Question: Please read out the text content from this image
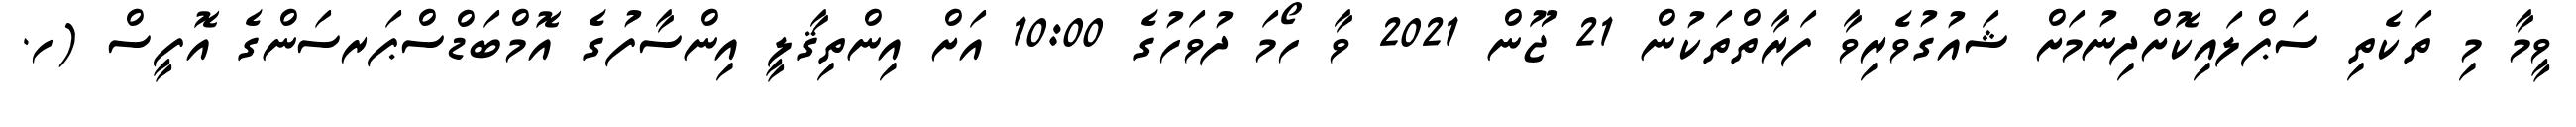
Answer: ވީމާ މި ތަކެތި ސަޕްލައިކޮށްދިނުމަށް ޝައުގުވެރިވާ ފަރާތްތަކުން 21 ޖޫން 2021 ވާ ހޯމަ ދުވަހުގެ 10:00 އަށް އިންތިޤާލީ އިންސާފުގެ އޮމްބަޑްސްޕަރސަންގެ އޮފީސް (ހ.